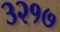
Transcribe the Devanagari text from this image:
३२१७